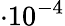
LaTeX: \cdot 10^{-4}